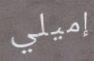
إميلي